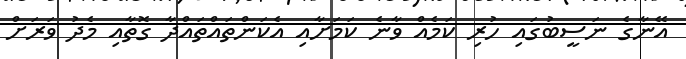
އޭނާގެ ނަސީބުގައި ހުރި ކަމެއް ވާނެ ކަމަށާއި އެކަންތައްތައްދާ ގޮތާއި މެދު ވަރަށް